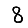
Digit: 8